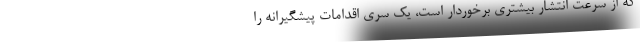
که از سرعت انتشار بیشتری برخوردار است، یک سری اقدامات پیشگیرانه را